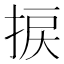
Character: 捩